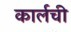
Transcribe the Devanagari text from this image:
कार्लची